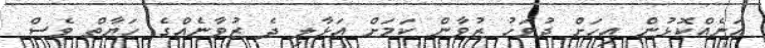
އަނެއްކޮޅުން އިހަށް ދުވަހު ޒުވާން ކަމަަށް އަޅާލި ދެ ޒުވާނެއްގެ ހަޔާތް ވެސް